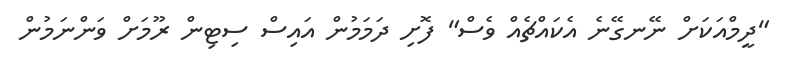
"ދީމްއަކަށް ނޭނގޭނެ އެކައްޗެއް ވެސް" ފޮށި ދަމަމުން އައިސް ސިޓިން ރޫމަށް ވަންނަމުން